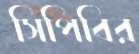
সিপিবির